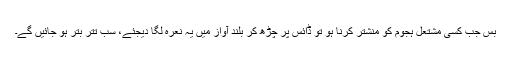
بس جب کسی مشتعل ہجوم کو منشتر کرنا ہو تو ڈائس پر چڑھ کر بلند آواز میں یہ نعرہ لگا دیجئے، سب تتر بتر ہو جائیں گے۔